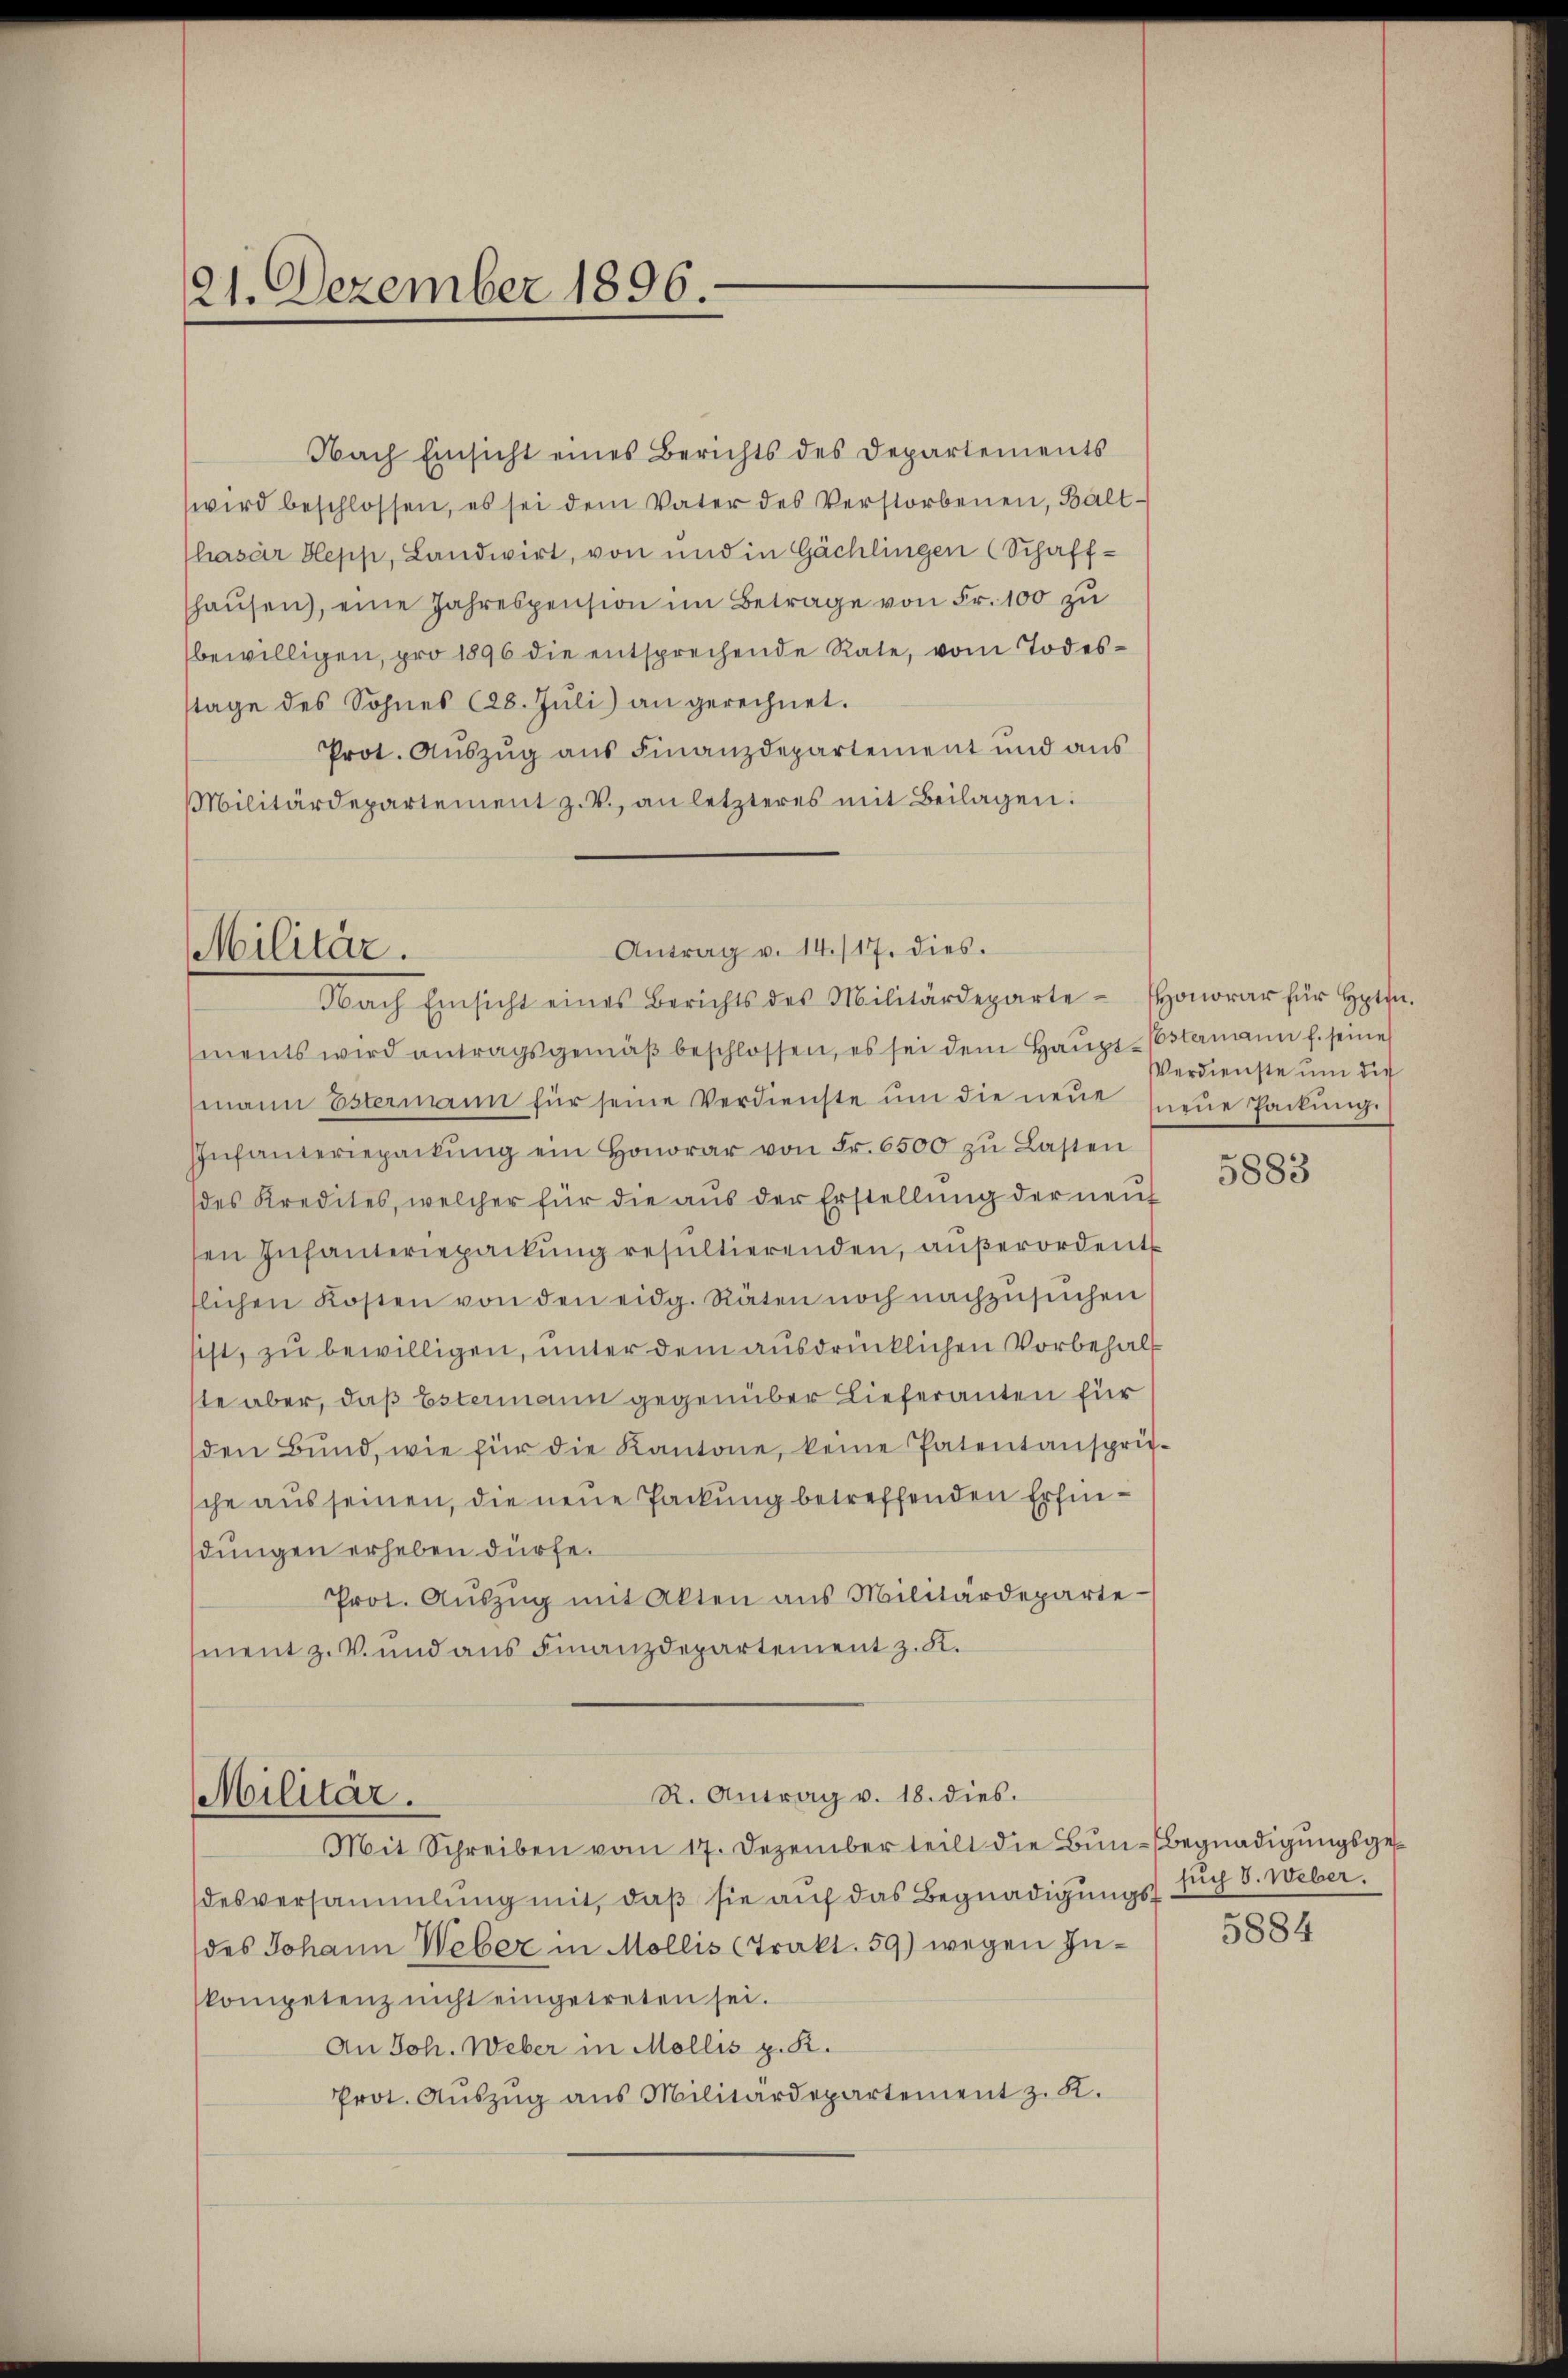
21. Dezember 1896.

Nach Einsicht eines Berichts des Departements
wird beschlossen, es sei dem Vater des Verstorbenen, Balt-
Chasar Depp, Landwirt, von und in Gächlingen (Schaff-
haŭsen), eine Jahrespension im Betrage von Fr. 100 zu
bewilligen, pro 1896 die entsprechende Rate, vom Todesstage des Sohnes (28. Juli) an gerechnet.
Prot. Aŭszŭg aŭs Finanzdepartement und aŭs
Militärdepartement z. V. an letzteres mit Beilagen:

Militär.

ments wird antragsgemäβ beschlossen, es sei dem Haŭpp-Costermann f. seine
mann Estermann für seine Verdienste ŭm die neue neue Packŭng
Infanteriepackŭng ein Honorar von Fr. 6500 zŭ Lasten
des Kredites, welcher für die aus der Erstellung der neuf
en Infanteriepackung resultierenden, außerordent
lichen Kosten von den eidg. Räten noch nachzusuchen
sist, zu bewilligen, unter dem ausdrücklichen Vorbehalt
ste aber, daß Estermann gegenüber Lieferanten für
den Bund, wie für die Kantone, keine Patentansprüsche aus seinen, die neue Packung betreffenden Erfindungen erheben dürfe.
Prot. Aŭszŭg mit Akten ans Militärdeparte-
ment z. Bund aus Finanzdepartement z. K.

Antrag v. 14./17. dies
Nach Einsicht eines Berichts des Militärdeparte Honorar für Hoffn

R. Antrag v. 18. dies.
Militär.
Mit Schreiben vom 17. Dezember teilt die Bun-begnadigungsges

desversammlung mit, daß sie auf das Begnadigungssuch S. Weber.
des Johann Weber in Mollis (Trakt. 59) wegen Inkompetenz nicht eingetreten sei.
An Joh. Weber in Mollis p. K.
Prot. Aŭszŭg aŭs Militärdepartement z. K.

Verdienste um die

5883

5884